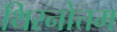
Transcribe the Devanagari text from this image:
थिरनोत्तम